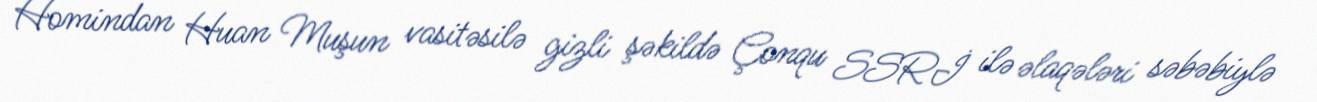
Homindan Huan Muşun vasitəsilə gizli şəkildə Çonqu SSRİ ilə əlaqələri səbəbiylə